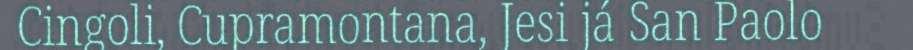
Cingoli, Cupramontana, Jesi já San Paolo